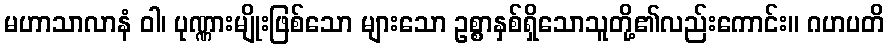
မဟာသာလာနံ ဝါ၊ ပုဏ္ဏားမျိုးဖြစ်သော များသော ဥစ္စာနှစ်ရှိသောသူတို့၏လည်းကောင်း။ ဂဟပတိ